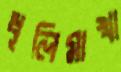
ধূলিমাখা